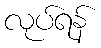
လုပ်ရန်